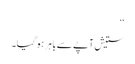
‘‘
ستیش آپے سے باہر ہو گیا۔